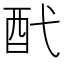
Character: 䣧